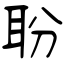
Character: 聁